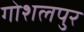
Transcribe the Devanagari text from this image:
गोशलपुर